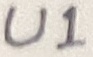
Text: U1